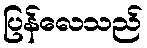
ပြန်လေသည်